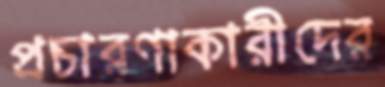
প্রচারণাকারীদের